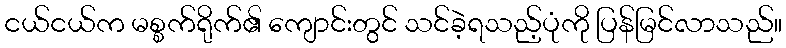
ငယ်ငယ်က မစ္စက်ရိုက်၏ ကျောင်းတွင် သင်ခဲ့ရသည့်ပုံကို ပြန်မြင်လာသည်။